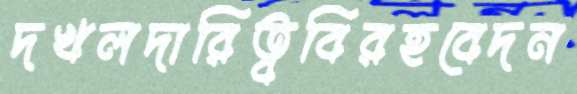
দখলদারিত্ববিরহবেদন